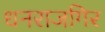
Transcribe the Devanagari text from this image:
धनराजगिर